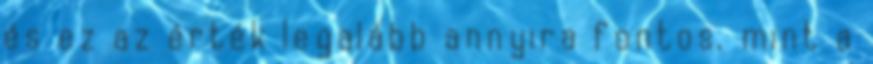
és ez az érték legalább annyira fontos, mint a